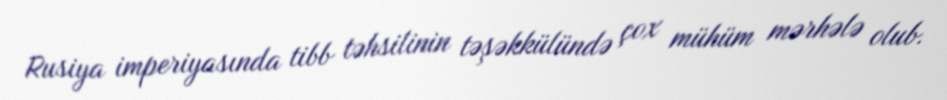
Rusiya imperiyasında tibb təhsilinin təşəkkülündə çox mühüm mərhələ olub.